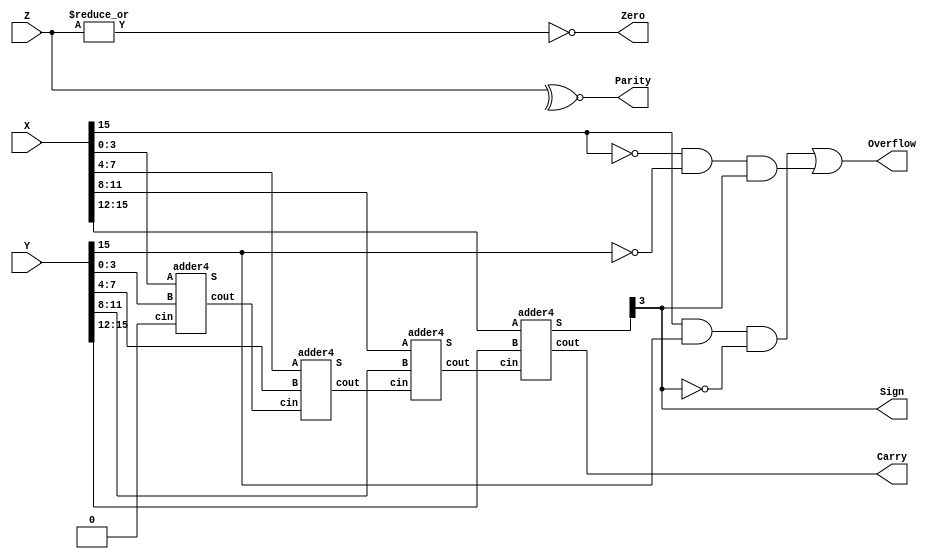
// structural description of 16 bit adder // 
module ALU (X,Y,Z,Sign,Zero,Carry,Parity,Overflow);
input [15:0]X,Y;
input[15:0]Z;
output Sign,Zero,Carry,Parity,Overflow;
wire [3:1] c;

assign Sign = Z[15];
assign Zero = ~|Z;
assign Parity = ~^Z;
assign Overflow = (X[15]&Y[15]& ~Z[15])|(~X[15]& ~Y[15] & Z[15]);

adder4 A0 (Z[3:0],c[1],X[3:0],Y[3:0],1'b0);
adder4 A1 (Z[7:4],c[2],X[7:4],Y[7:4],c[1]);
adder4 A2 (Z[11:8],c[3],X[11:8],Y[11:8],c[2]);
adder4 A3 (Z[15:12],Carry,X[15:12],Y[15:12],c[3]);
endmodule

// behavioural description of 4 bit adder // 

module adder4(S,cout,A,B,cin);
input [3:0]A,B; input cin;
output [3:0]S; output cout;

assign {cout,S}= A + B + cin;
endmodule